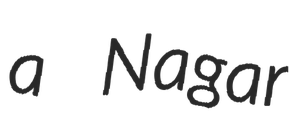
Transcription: a Nagar